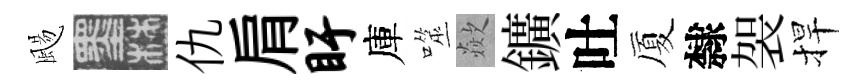
颺墨仇肩盱庫噬歘鑛吐厦隸袈捍